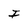
Character: I